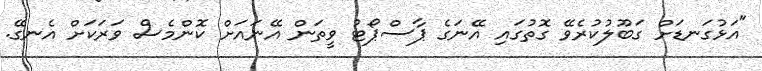
"އަޅުގަނޑަށް ގަބޫލުކުރެވޭ ގޮތުގައި އޭނަގެ ޕާސްޕޯޓު ވީތަން އޭނައަށް ކޮންމެސް ވަރަކަށް އެނގޭ.